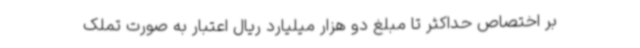
بر اختصاص حداکثر تا مبلغ دو هزار میلیارد ریال اعتبار به صورت تملک